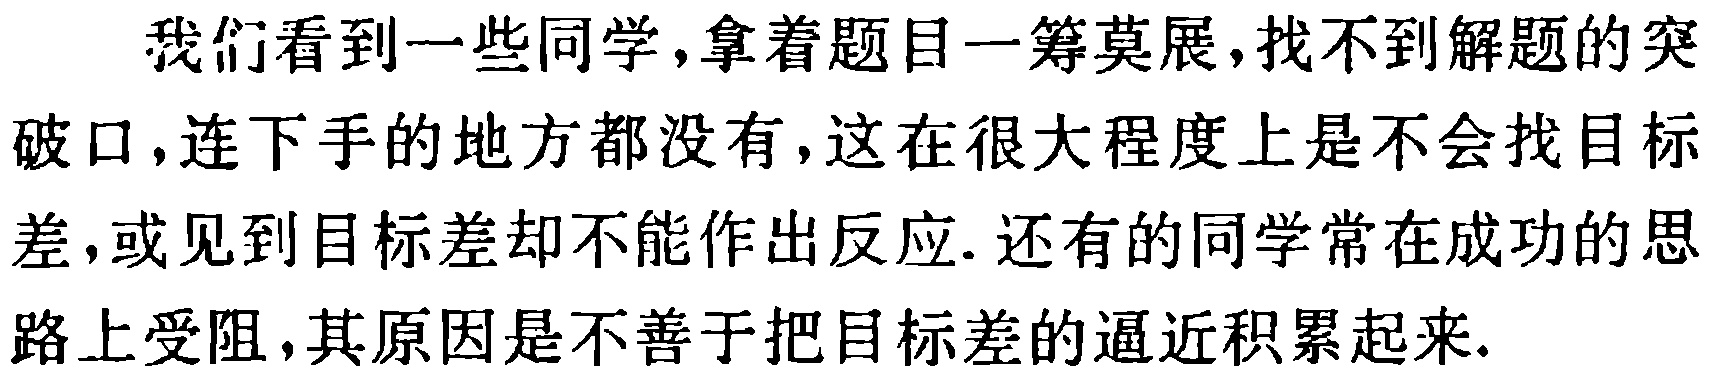
我们看到一些同学,拿着题目一筹莫展,找不到解题的突破口,连下手的地方都没有,这在很大程度上是不会找目标差,或见到目标差却不能作出反应. 还有的同学常在成功的思路上受阻,其原因是不善于把目标差的逼近积累起来.